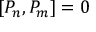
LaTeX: [ P _ { n } , P _ { m } ] = 0